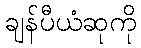
ချန်ပီယံဆုကို